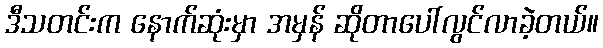
ဒီသတင်းက နောက်ဆုံးမှာ အမှန် ဆိုတာပေါ်လွင်လာခဲ့တယ်။